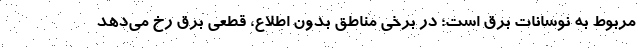
مربوط به نوسانات برق است؛ در برخی مناطق بدون اطلاع، قطعی برق رخ می‌دهد